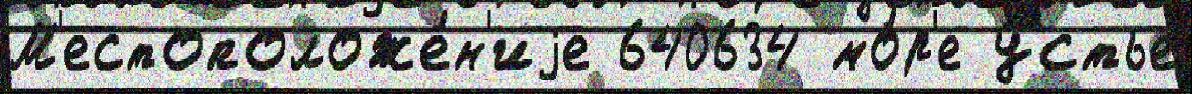
М'естоположе́н'иjе 640634 мо́р'е у́стье